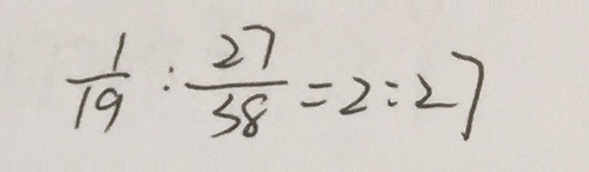
\frac { 1 } { 1 9 } : \frac { 2 7 } { 3 8 } = 2 : 2 7